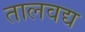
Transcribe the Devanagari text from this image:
तालवद्य